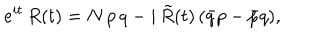
e ^ { i t } \, R ( t ) = N \, p \, q - i \, \tilde { R } ( t ) \, ( \bar { q } p - \bar { p } q ) ,